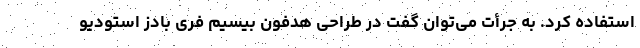
استفاده کرد. به جرأت می‌توان گفت در طراحی هدفون بیسیم فری بادز استودیو